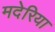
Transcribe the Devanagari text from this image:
मदेरिया